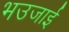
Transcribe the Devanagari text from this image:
भउजाई